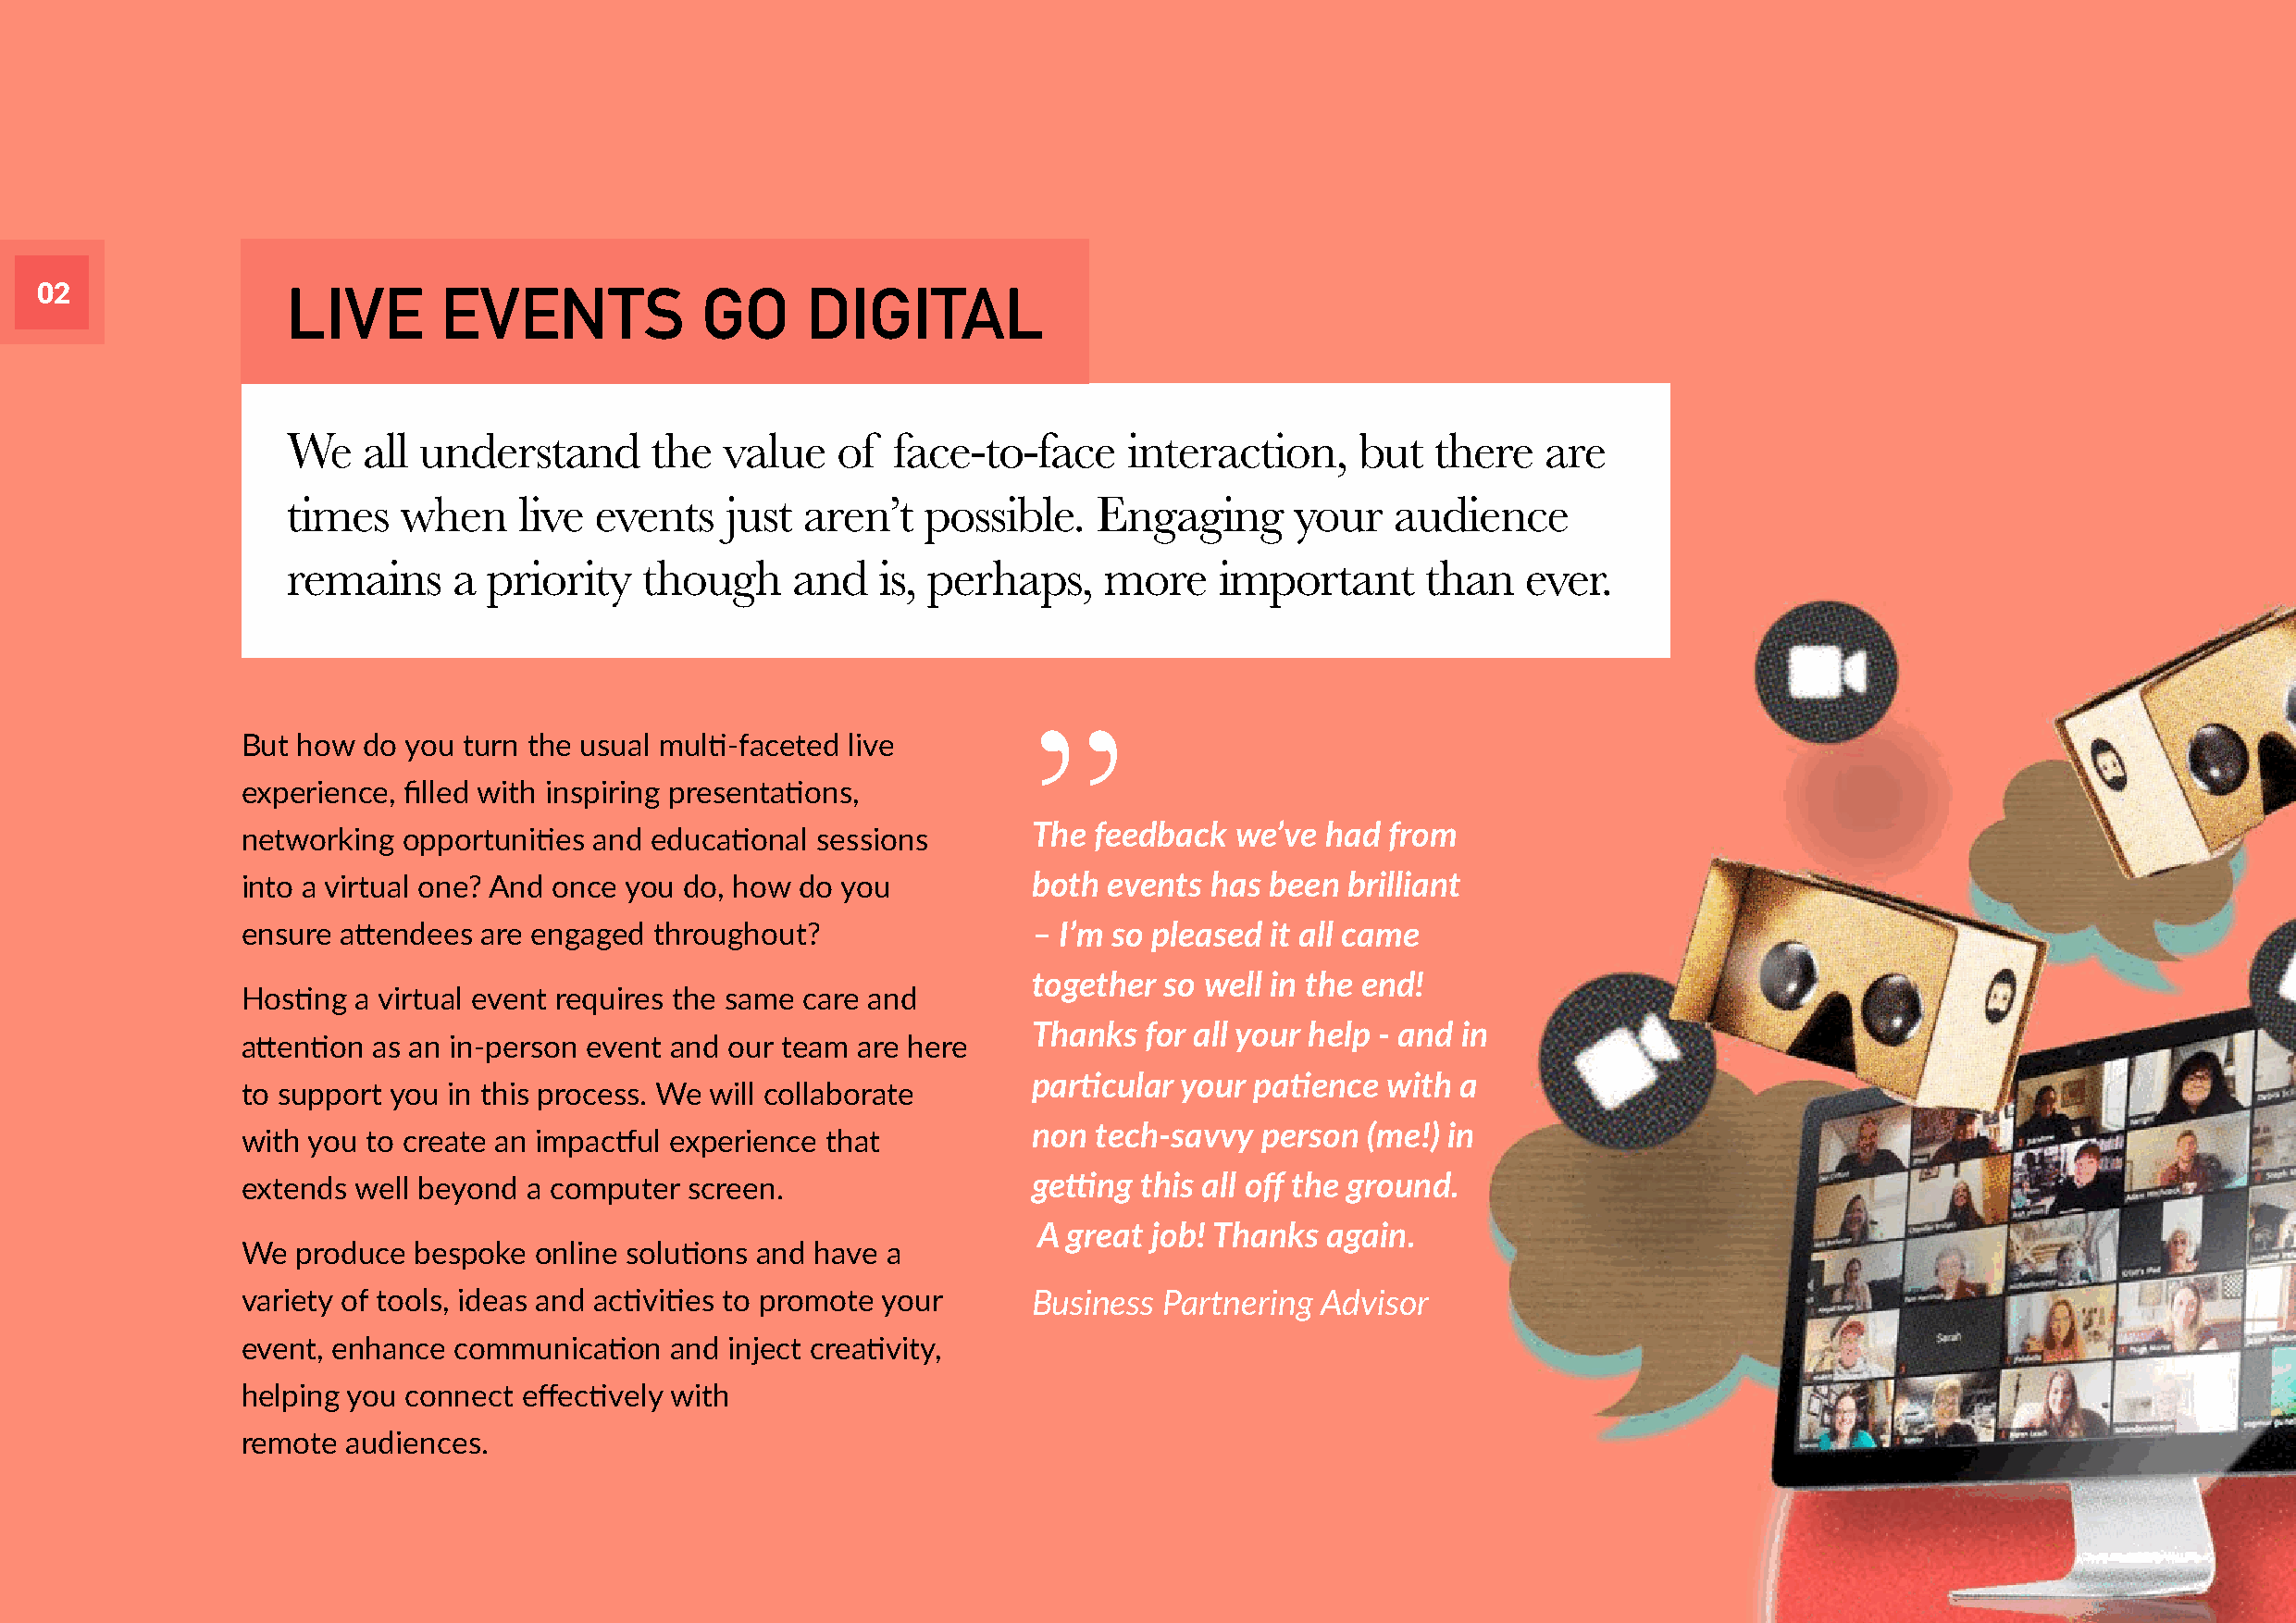
02               LIVE        EVENTS            GO      DIGITAL
 We    all understand       the  value   of  face-to-face     interaction,    but   there  are
 times    when    live  events   just aren’t   possible.   Engaging       your   audience
 remains     a  priority   though     and   is, perhaps,    more    important      than   ever.
 ”
 But how  do you turn the usual multi-faceted live
 experience, filled with inspiring presentations,
 The feedback  we’ve  had from
 networking  opportunities and educational sessions
 into a virtual one? And once you do, how do you          both events  has been brilliant
 ensure attendees are engaged  throughout?                – I’m so pleased it all came
 together so well in the end!
 Hosting a virtual event requires the same care and
 Thanks  for all your help - and in
 attention as an in-person event and our team are here
 particular your patience with a
 to support you in this process. We will collaborate
 non tech-savvy  person  (me!) in
 with you to create an impactful experience that
 extends well beyond  a computer screen.                  getting this all off the ground.
 A great job! Thanks  again.
 We  produce  bespoke online solutions and have a
 variety of tools, ideas and activities to promote your   Business Partnering Advisor
 event, enhance communication   and inject creativity,
 helping you connect effectively with
 remote  audiences.